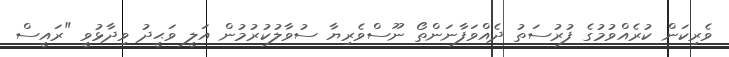
ވެރިކަން ކުރެއްވުމުގެ ފުރުސަތު ދެއްވަފާނަންތޯ ނޫސްވެރިޔާ ސުވާލުކުރުމުން އަލީ ވަޙީދު ވިދާޅުވީ "ރައީސް